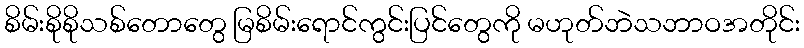
စိမ်းစိုစိုသစ်တောတွေ မြစိမ်းရောင်ကွင်းပြင်တွေကို မဟုတ်ဘဲသဘာဝအတိုင်း